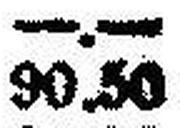
90.50